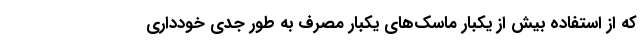
که از استفاده بیش از یکبار ماسک‌های یکبار مصرف به طور جدی خودداری